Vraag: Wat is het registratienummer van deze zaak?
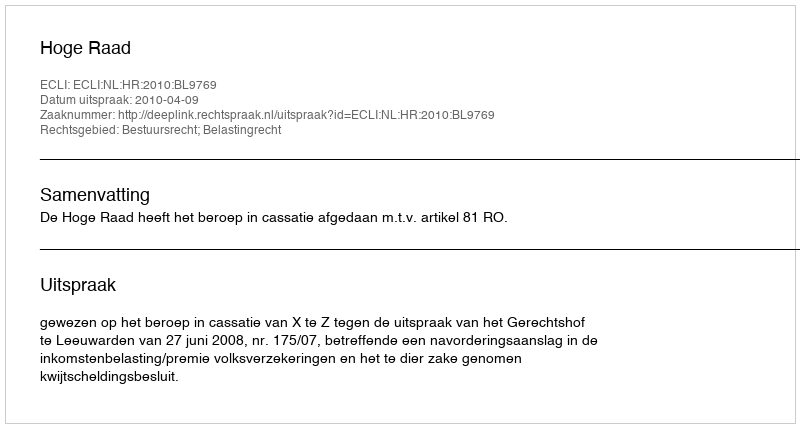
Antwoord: http://deeplink.rechtspraak.nl/uitspraak?id=ECLI:NL:HR:2010:BL9769